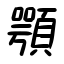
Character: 顎